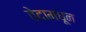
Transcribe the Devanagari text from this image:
वेदामधून